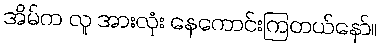
အိမ်က လူ အားလုံး နေကောင်းကြတယ်နော်။